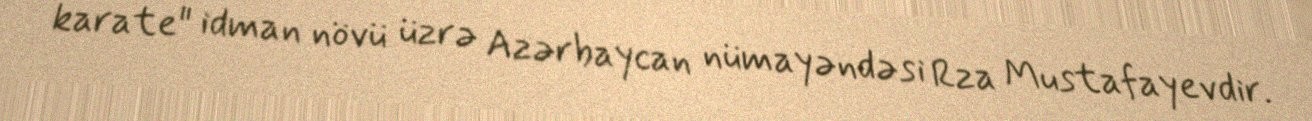
karate" idman növü üzrə Azərbaycan nümayəndəsi Rza Mustafayevdir.